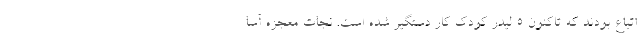
اتباع بودند که تاکنون ۵ لیدر کودک کار دستگیر شده است. نجات معجزه آسا